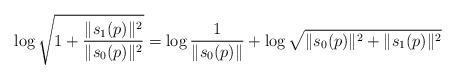
LaTeX: \begin{align*} \log \sqrt{1 + \frac{\|s_1(p)\|^2}{\|s_0(p)\|^2}} = \log \frac{1}{\|s_0(p)\|} + \log \sqrt{\|s_0(p)\|^2 + \|s_1(p)\|^2} \end{align*}